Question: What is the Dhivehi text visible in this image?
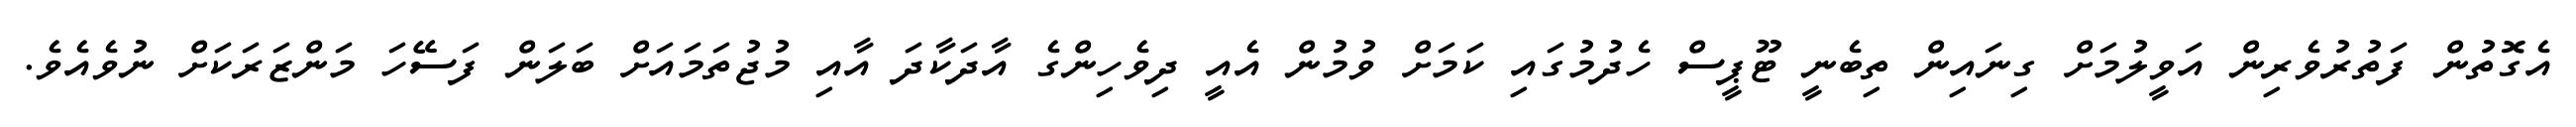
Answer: އެގޮތުން ފަތުރުވެރިން އަވީލުމަށް ގިނައިން ތިބެނީ ޓޫޕީސް ހެދުމުގައި ކަމަށް ވުމުން އެއީ ދިވެހިންގެ އާދަކާދަ އާއި މުޖުތަމައަށް ބަލަން ފަސޭހަ މަންޒަރަކަށް ނުވެއެވެ.